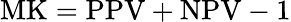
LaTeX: \mathrm{MK}=\mathrm{PPV}+\mathrm{NPV}-1